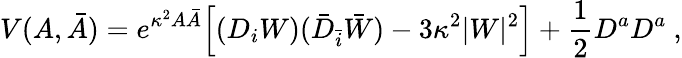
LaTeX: V(A,\bar{A})=e^{\kappa^{2}A\bar{A}}\Big[(D_{i}W)(\bar{D}_{\bar{i}}\bar{W})-3\kappa^{2}|W|^{2}\Big]+\frac 12D^{a}D^{a}\ ,